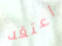
أعتقد